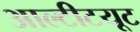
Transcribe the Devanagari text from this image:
आल्टीटयूट